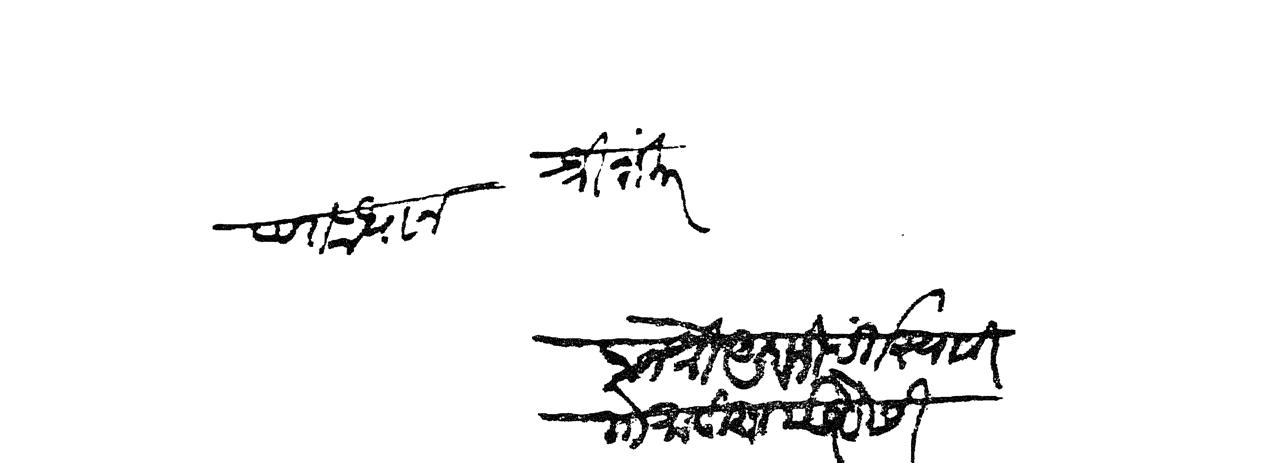
Transliteration (Devanagari): श्रीशंकर पंतप्रधान राजश्री अंबाजीपंत स्वामी गोसावी यास सेवेसी